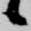
候